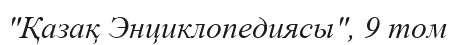
"Қазақ Энциклопедиясы", 9 том